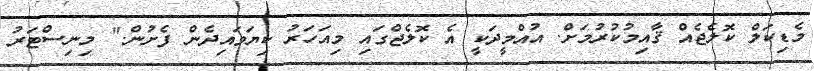
މެޑިކަލް ކޮލެޖެއް ޤާއިމުކުރުމަށް. އުއްމީދަކީ އެ ކޮލެޖްގައި މިއަހަރު ކިޔަވައިދެން ފެށުން." މިނިސްޓަރު